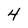
Character: 4